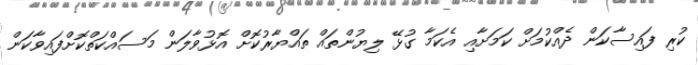
ކުރި ފައިސާކަން ދެއްކުމަށް ކަމަށާއި އެކަމާ ގުޅޭ ލިޔުންތައް ތައްޔާރުކޮށް އޮޅުވާލަން މަސައްކަތްކޮށްފައިވާކަން